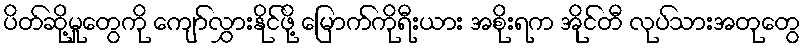
ပိတ်ဆို့မှုတွေကို ကျော်လွှားနိုင်ဖို့ မြောက်ကိုရီးယား အစိုးရက အိုင်တီ လုပ်သားအတုတွေ